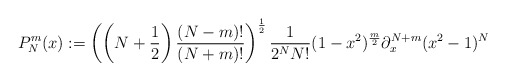
\begin{align*} P^m_N(x) := \left(\left(N + \frac{1}{2}\right) \frac{(N - m)!}{(N+m)!}\right)^\frac{1}{2}\frac{1}{2^N N!} (1-x^2)^{\frac{m}{2}} \partial_x^{N+m}(x^2-1)^N\end{align*}